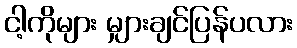
ငါ့ကိုများ မျှားချင်ပြန်ပလား